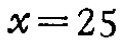
\(x = 25\)